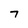
Character: 7